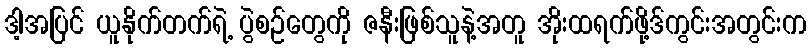
ဒါ့အပြင် ယူနိုက်တက်ရဲ့ ပွဲစဉ်တွေကို ဇနီးဖြစ်သူနဲ့အတူ အိုးထရက်ဖို့ဒ်ကွင်းအတွင်းက